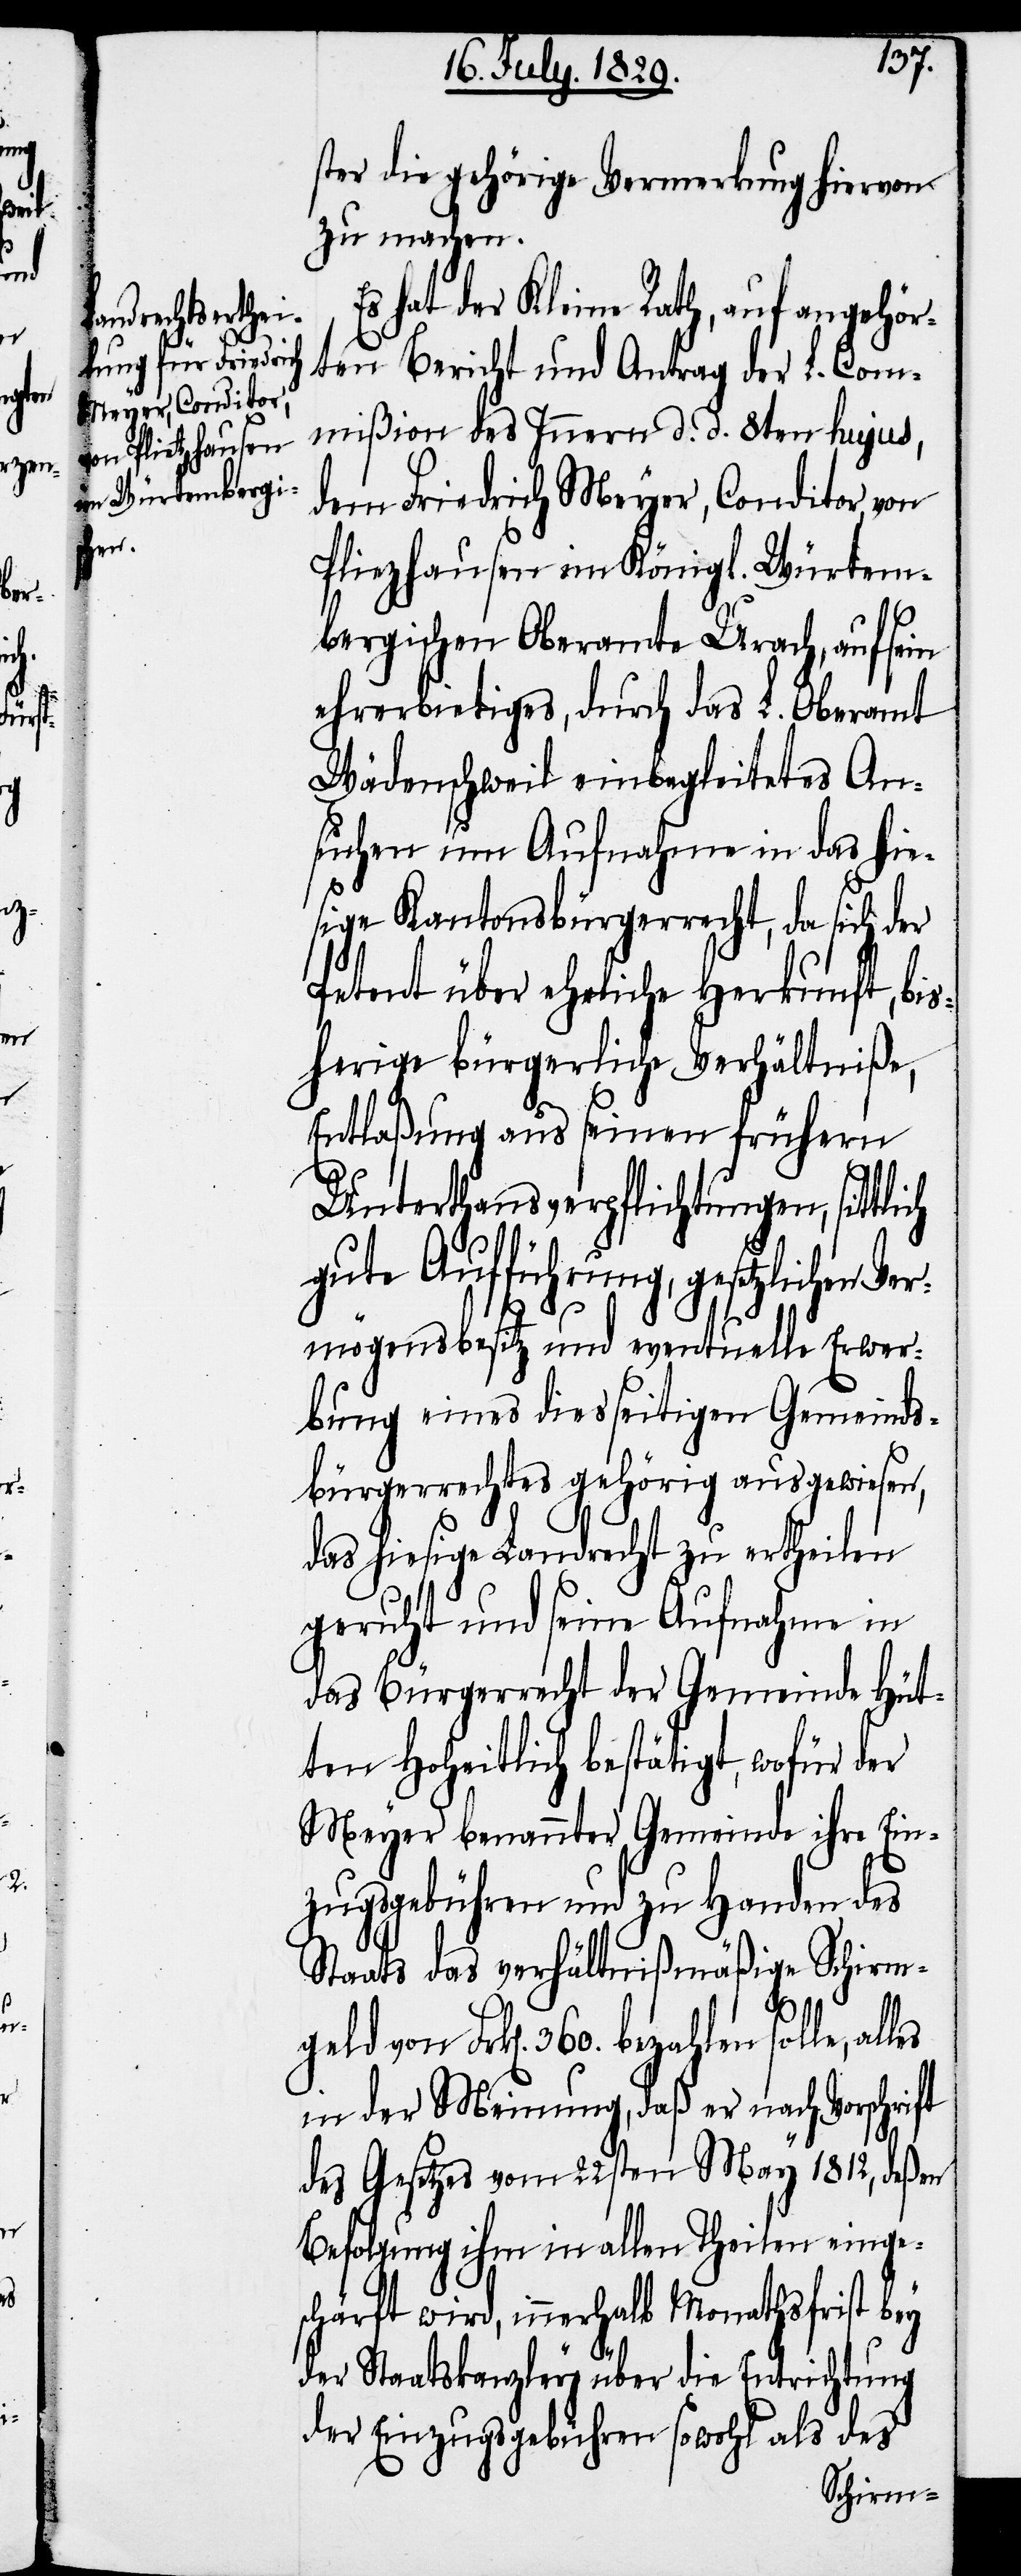
ich

ster die gehörige Vermerkung hiervon
zu machen.
Es hat der Kleine Rath, auf angehör¬
ten Bericht und Antrag der L. Com¬
mißion des Innern d. d. 8ten hujus,
dem Friedrich Meyer, Conditor, von
Pliezhausen im Königl. Würtem¬
bergischen Oberamte Urach, auf sein
ehrerbietiges, durch das L. Oberamt
Wädenschweil einbegleitetes An¬
suchen um Aufnahme in das hie¬
sige Kantonsbürgerrecht, da sich der
Petent über eheliche Herkunft, bis¬
herige bürgerliche Verhältniße,
Entlaßung aus seinen frühern
Unterthansverpflichtungen, sittl¬
gute Aufführung, gesetzlichen Ve¬
rmögensbesitz und eventuelle Erwer¬
bung eines diesseitigen Gemeinds¬
bürgerrechtes gehörig ausgewiesen,
das hiesige Landrecht zu ertheilen
geruht und seine Aufnahme in
das Bürgerrecht der Gemeinde Hüt¬
ten Hoheitlich bestätigt, wofür der
Meyer benannter Gemeinde ihre Ein¬
zugsgebühren und zu Handen des
Staats das verhältnißmäßige Schirm¬
geld von Frk[en]. 360. bezahlen
in der Meinung, daß er nach Vorschrift
des Gesetzes vom 22sten May 1812, deßen
Befolgung ihm in allen Theilen einge¬
schärft wird, innerhalb Monathsfrist bey
der Staatskanzley über die Entrichtung
der Einzugsgebühren sowohl als des